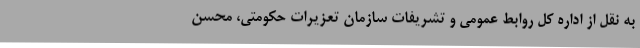
به نقل از اداره کل روابط عمومی و تشریفات سازمان تعزیرات حکومتی، محسن